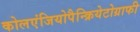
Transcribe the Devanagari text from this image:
कोलएंजियोपैन्क्रियेटोग्राफी